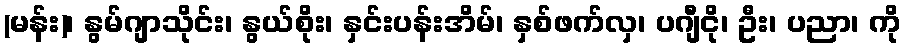
(မန်း)၊ နွမ်ဂျာသိုင်း၊ နွယ်စိုး၊ နှင်းပန်းအိမ်၊ နှစ်ဖက်လှ၊ ပဂျီငို၊ ဦး၊ ပညာ၊ ကို